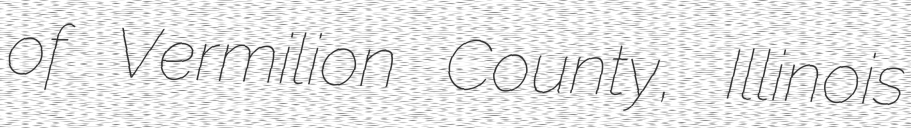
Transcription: of Vermilion County, Illinois